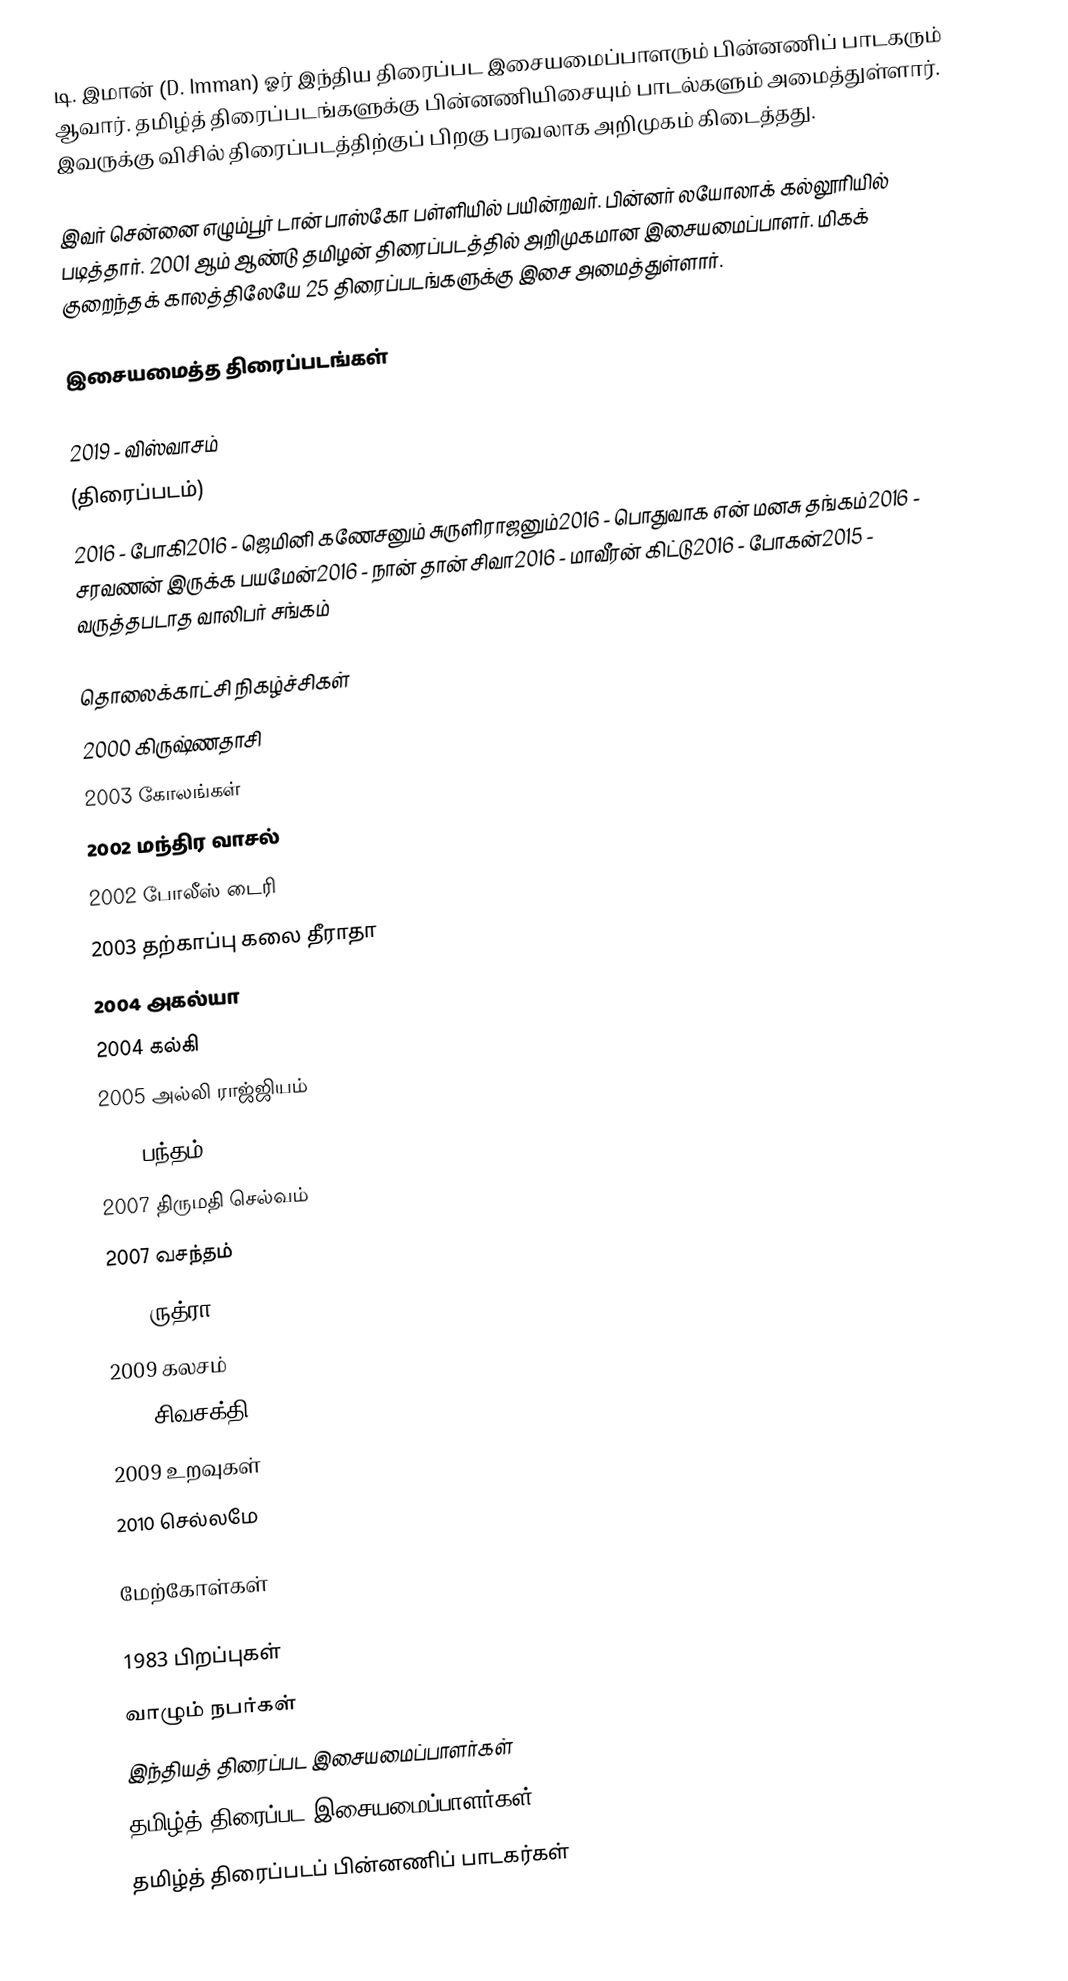
டி. இமான் (D. Imman) ஓர் இந்திய திரைப்பட இசையமைப்பாளரும் பின்னணிப் பாடகரும் ஆவார். தமிழ்த் திரைப்படங்களுக்கு பின்னணியிசையும் பாடல்களும் அமைத்துள்ளார். இவருக்கு விசில் திரைப்படத்திற்குப் பிறகு பரவலாக அறிமுகம் கிடைத்தது.

இவர் சென்னை எழும்பூர் டான் பாஸ்கோ பள்ளியில் பயின்றவர். பின்னர் லயோலாக் கல்லூரியில் படித்தார். 2001 ஆம் ஆண்டு தமிழன் திரைப்படத்தில் அறிமுகமான இசையமைப்பாளர். மிகக் குறைந்தக் காலத்திலேயே 25 திரைப்படங்களுக்கு இசை அமைத்துள்ளார்.

இசையமைத்த திரைப்படங்கள்

2019 - விஸ்வாசம்
(திரைப்படம்)
2016 - போகி2016 - ஜெமினி கணேசனும் சுருளிராஜனும்2016 - பொதுவாக ௭ன் மனசு தங்கம்2016 - சரவணன் இருக்க பயமேன்2016 - நான் தான் சிவா2016 - மாவீரன் கிட்டு2016 - போகன்2015 - வருத்தபடாத வாலிபர் சங்கம்

தொலைக்காட்சி நிகழ்ச்சிகள்
 2000 கிருஷ்ணதாசி
 2003 கோலங்கள்
 2002 மந்திர வாசல்
 2002 போலீஸ் டைரி
 2003 தற்காப்பு கலை தீராதா
 2004 அகல்யா
 2004 கல்கி
 2005 அல்லி ராஜ்ஜியம்
 2006 பந்தம்
 2007 திருமதி செல்வம்
 2007 வசந்தம்
 2008 ருத்ரா
 2009 கலசம்
 2009 சிவசக்தி
 2009 உறவுகள்
 2010 செல்லமே

மேற்கோள்கள்

1983 பிறப்புகள்
வாழும் நபர்கள்
இந்தியத் திரைப்பட இசையமைப்பாளர்கள்
தமிழ்த் திரைப்பட இசையமைப்பாளர்கள்
தமிழ்த் திரைப்படப் பின்னணிப் பாடகர்கள்